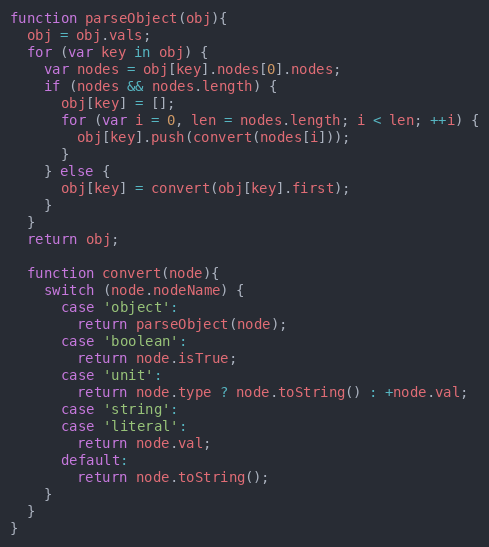
Language: JavaScript
function parseObject(obj){
  obj = obj.vals;
  for (var key in obj) {
    var nodes = obj[key].nodes[0].nodes;
    if (nodes && nodes.length) {
      obj[key] = [];
      for (var i = 0, len = nodes.length; i < len; ++i) {
        obj[key].push(convert(nodes[i]));
      }
    } else {
      obj[key] = convert(obj[key].first);
    }
  }
  return obj;

  function convert(node){
    switch (node.nodeName) {
      case 'object':
        return parseObject(node);
      case 'boolean':
        return node.isTrue;
      case 'unit':
        return node.type ? node.toString() : +node.val;
      case 'string':
      case 'literal':
        return node.val;
      default:
        return node.toString();
    }
  }
}